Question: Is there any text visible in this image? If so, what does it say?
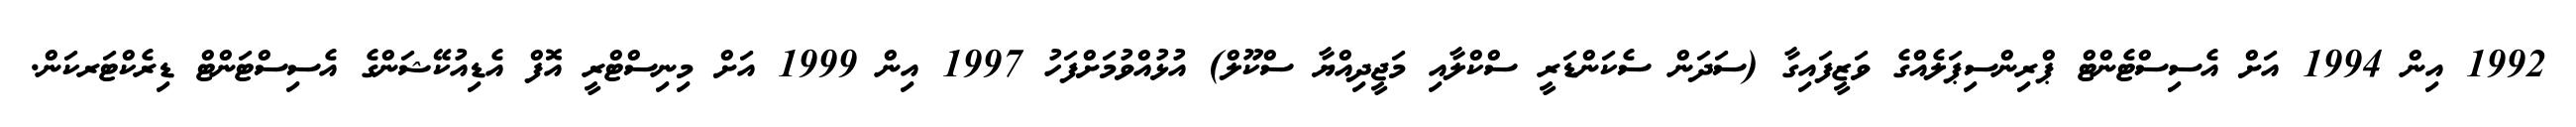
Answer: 1992 އިން 1994 އަށް އެސިސްޓެންޓް ޕްރިންސިޕަލެއްގެ ވަޒީފައިގާ (ސަދަން ސެކަންޑަރީ ސްކްލާއި މަޖީދިއްޔާ ސްކޫލް) އުޅުއްވުމަށްފަހު 1997 އިން 1999 އަށް މިނިސްޓްރީ އޮފް އެޑިއުކޭޝަންގެ އެސިސްޓަންޓް ޑިރެކްޓަރކަން.